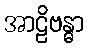
အာဠိဗန္ဓာ